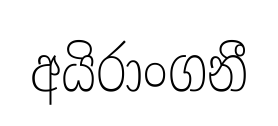
අයිරාංගනී